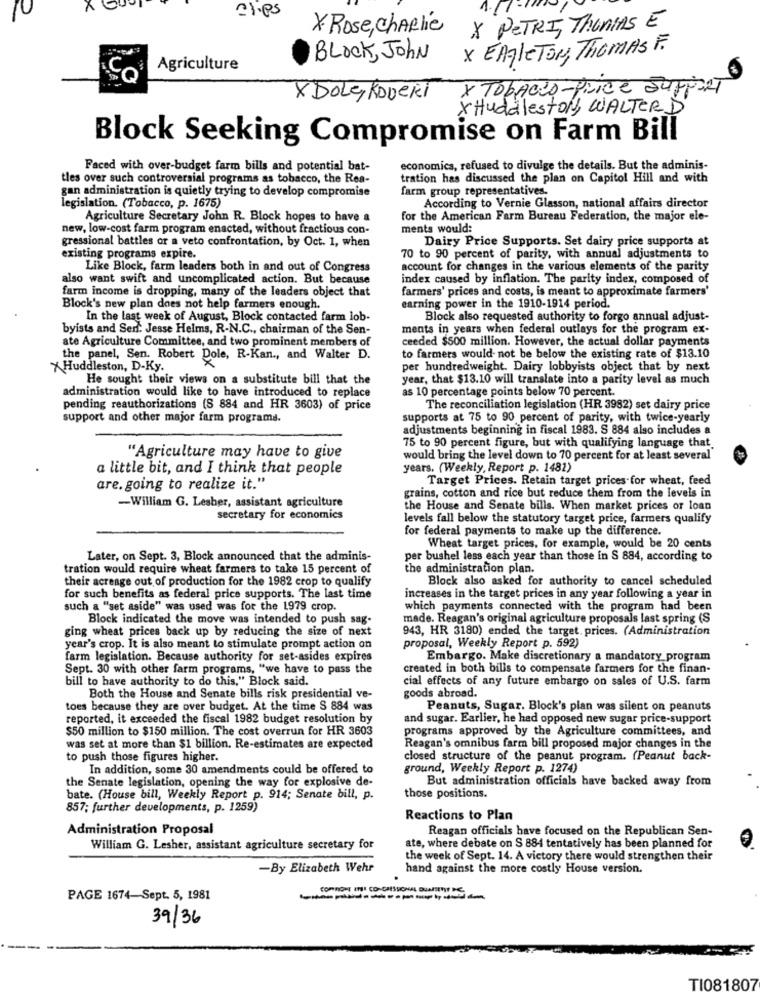
10
clips
X Rose, charlie
X PETRI, Thomas E
BLOCK, John
X EAGLETON, Thomas F.
Agriculture
Co
X TOBACCO-PLICE SUPPORT
X DOLE, ROVERi
X Huddleston, WALTER D
Block Seeking Compromise on Farm Bill
Faced with over-budget farm bills and potential bat-
economica, refused to divulge the details. But the adminis-
tles over such controversial programs as tobacco, the Rea-
tration has discussed the plan on Capitol Hill and with
gan administration is quietly trying to develop compromise
farm group representatives.
legislation. (Tobacco, p. 1675)
According to Vernie Glasson, national affairs director
Agriculture Secretary John R. Block hopes to have a
for the American Farm Bureau Federation, the major ele-
new, low-cost farm program enacted, without fractious con-
ments would:
gressional battles or a veto confrontation, by Oct. 1, when
Dairy Price Supports. Set dairy price supports at
existing programs expire.
70 to 90 percent of parity, with annual adjustments to
Like Block, farm leaders both in and out of Congress
account for changes in the various elements of the parity
also want swift and uncomplicated action. But because
index caused by inflation. The parity index, composed of
farm income is dropping, many of the leaders object that
farmers' prices and costs, is meant to approximate farmers'
Block's new plan does not help farmers enough.
earning power in the 1910-1914 period.
In the last week of August, Block contacted farm lob-
Block also requested authority to forgo annual adjust-
byists and Ser. Jesse Helms, R-N.C ., chairman of the Sen-
ments in years when federal outlays for the program ex-
ate Agriculture Committee, and two prominent members of
ceeded $500 million. However, the actual dollar payments
the panel, Sen. Robert Dole, R-Kan ., and Walter D.
to farmers would- not be below the existing rate of $13.10
Huddleston, D-Ky.
per hundredweight. Dairy lobbyists object that by next
He sought their views on a substitute bill that the
year, that $13.10 will translate into a parity level as much
administration would like to have introduced to replace
as 10 percentage points below 70 percent.
pending reauthorizations (S 884 and HR 3603) of price
The reconciliation legislation (HR 3982) set dairy price
support and other major farm programs.
supports at 75 to 90 percent of parity, with twice-yearly
adjustments beginning in fiscal 1983. S 884 also includes a
75 to 90 percent figure, but with qualifying language that
"Agriculture may have to give
would bring the level down to 70 percent for at least several
a little bit, and I think that people
years. (Weekly, Report p. 1482)
Target Prices. Retain target prices for wheat, feed
are. going to realize it."
-William G. Lesher, assistant agriculture
grains, cotton and rice but reduce them from the levels in
the House and Senate bills. When market prices or loan
secretary for economics
levels fall below the statutory target price, farmers qualify
for federal payments to make up the difference.
Wheat target prices, for example, would be 20 cents
Later, on Sept. 3, Block announced that the adminis-
per bushel less each year than those in S 884, according to
tration would require wheat farmers to take 15 percent of
the administration plan.
their acreage out of production for the 1982 crop to qualify
Block also asked for authority to cancel scheduled
for such benefits as federal price supports. The last time
increases in the target prices in any year following a year in
such a "set aside" was used was for the 1979 crop.
which payments connected with the program had been
Block indicated the move was intended to push sag-
made. Reagan's original agriculture proposals last spring (S
ging wheat prices back up by reducing the size of next
943, HR 3180) ended the target. prices. (Administration
year's crop. It is also meant to stimulate prompt action on
proposal, Weekly Report p. 592)
farm legislation. Because authority for set-asides expires
Embargo. Make discretionary a mandatory program
Sept. 30 with other farm programs, "we have to pass the
created in both bills to compensate farmers for the finan-
bill to have authority to do this," Block said.
cial effects of any future embargo on sales of U.S. farm
goods abroad.
Both the House and Senate bills risk presidential ve-
toes because they are over budget. At the time S 884 was
Peanuts, Sugar. Block's plan was silent on peanuts
reported, it exceeded the fiscal 1982 budget resolution by
and sugar. Earlier, he had opposed new sugar price-support
$50 million to $150 million. The cost overrun for HR 3603
programs approved by the Agriculture committees, and
was set at more than $1 billion. Re-estimates are expected
Reagan's omnibus farm bill proposed major changes in the
to push those figures higher.
closed structure of the peanut program. (Peanut back-
In addition, some 30 amendments could be offered to
ground, Weekly Report p. 1274)
the Senate legislation, opening the way for explosive de-
But administration officials have backed away from
bate. (House bill, Weekly Report p. 914; Senate bill, p.
those positions.
857; further developments, p. 1259)
Reactions to Plan
Administration Proposal
Reagan officials have focused on the Republican Sen-
William G. Lesher, assistant agriculture secretary for
ate, where debate on S 884 tentatively has been planned for
the week of Sept. 14. A victory there would strengthen their
-By Elizabeth Wehr
hand against the more costly House version.
PAGE 1674-Sept. 5, 1981
-----------
39/36
TI081807